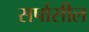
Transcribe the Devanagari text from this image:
सर्पासील